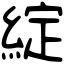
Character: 綻